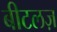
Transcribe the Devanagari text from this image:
बीटलज़